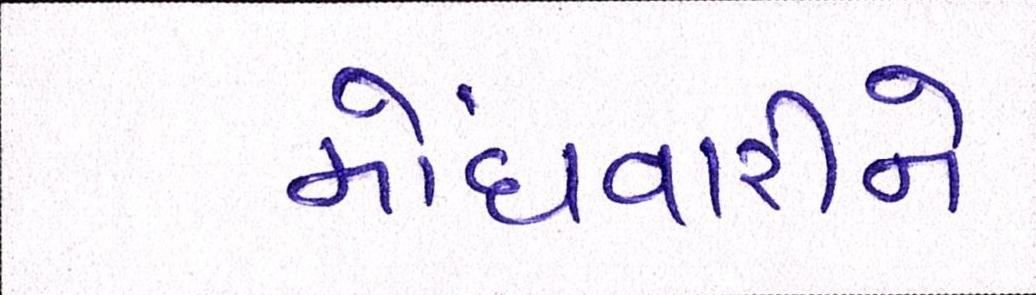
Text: મોંઘવારીને